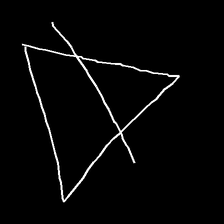
Glyph: empower